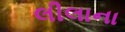
લીલાના